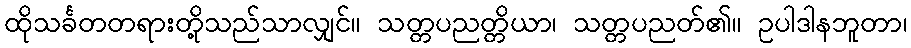
ထိုသင်္ခတတရားတို့သည်သာလျှင်။ သတ္တပညတ္တိယာ၊ သတ္တပညတ်၏။ ဥပါဒါနဘူတာ၊